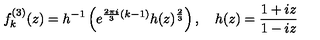
f _ { k } ^ { ( 3 ) } ( z ) = h ^ { - 1 } \left( e ^ { \frac { 2 \pi i } { 3 } ( k - 1 ) } h ( z ) ^ { \frac { 2 } { 3 } } \right) , \quad h ( z ) = \frac { 1 + i z } { 1 - i z }